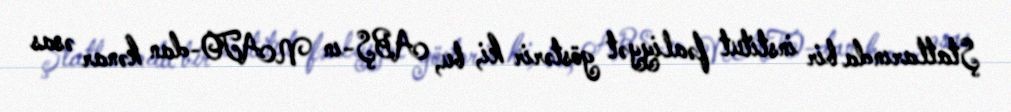
Ştatlarında bir institut fəaliyyət göstərir ki, bu, ABŞ-ın NATO-dan kənar əsas